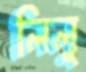
লিলু